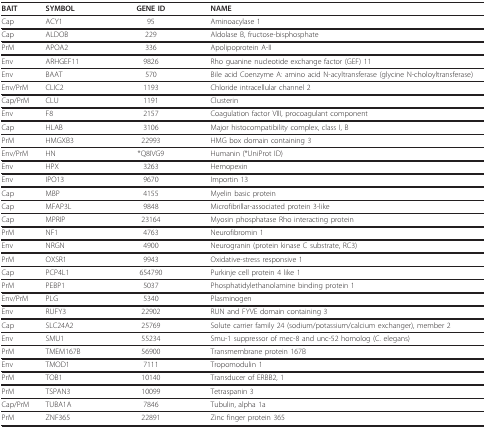
<table><thead><tr><td><b>BAIT</b></td><td><b>SYMBOL</b></td><td><b>GENE ID</b></td><td><b>NAME</b></td></tr></thead><tbody><tr><td>Cap</td><td>ACY1</td><td>95</td><td>Aminoacylase 1</td></tr><tr><td>Cap</td><td>ALDOB</td><td>229</td><td>Aldolase B, fructose-bisphosphate</td></tr><tr><td>PrM</td><td>APOA2</td><td>336</td><td>Apolipoprotein A-II</td></tr><tr><td>Env</td><td>ARHGEF11</td><td>9826</td><td>Rho guanine nucleotide exchange factor (GEF) 11</td></tr><tr><td>Env</td><td>BAAT</td><td>570</td><td>Bile acid Coenzyme A: amino acid N-acyltransferase (glycine N-choloyltransferase)</td></tr><tr><td>Env/PrM</td><td>CLIC2</td><td>1193</td><td>Chloride intracellular channel 2</td></tr><tr><td>Cap/PrM</td><td>CLU</td><td>1191</td><td>Clusterin</td></tr><tr><td>Env</td><td>F8</td><td>2157</td><td>Coagulation factor VIII, procoagulant component</td></tr><tr><td>Cap</td><td>HLAB</td><td>3106</td><td>Major histocompatibility complex, class I, B</td></tr><tr><td>PrM</td><td>HMGXB3</td><td>22993</td><td>HMG box domain containing 3</td></tr><tr><td>Env/PrM</td><td>HN</td><td>*Q8IVG9</td><td>Humanin (*UniProt ID)</td></tr><tr><td>Env</td><td>HPX</td><td>3263</td><td>Hemopexin</td></tr><tr><td>Env</td><td>IPO13</td><td>9670</td><td>Importin 13</td></tr><tr><td>Cap</td><td>MBP</td><td>4155</td><td>Myelin basic protein</td></tr><tr><td>Cap</td><td>MFAP3L</td><td>9848</td><td>Microfibrillar-associated protein 3-like</td></tr><tr><td>Cap</td><td>MPRIP</td><td>23164</td><td>Myosin phosphatase Rho interacting protein</td></tr><tr><td>PrM</td><td>NF1</td><td>4763</td><td>Neurofibromin 1</td></tr><tr><td>Env</td><td>NRGN</td><td>4900</td><td>Neurogranin (protein kinase C substrate, RC3)</td></tr><tr><td>PrM</td><td>OXSR1</td><td>9943</td><td>Oxidative-stress responsive 1</td></tr><tr><td>Cap</td><td>PCP4L1</td><td>654790</td><td>Purkinje cell protein 4 like 1</td></tr><tr><td>PrM</td><td>PEBP1</td><td>5037</td><td>Phosphatidylethanolamine binding protein 1</td></tr><tr><td>Env/PrM</td><td>PLG</td><td>5340</td><td>Plasminogen</td></tr><tr><td>Env</td><td>RUFY3</td><td>22902</td><td>RUN and FYVE domain containing 3</td></tr><tr><td>Cap</td><td>SLC24A2</td><td>25769</td><td>Solute carrier family 24 (sodium/potassium/calcium exchanger), member 2</td></tr><tr><td>Env</td><td>SMU1</td><td>55234</td><td>Smu-1 suppressor of mec-8 and unc-52 homolog (C. elegans)</td></tr><tr><td>PrM</td><td>TMEM167B</td><td>56900</td><td>Transmembrane protein 167B</td></tr><tr><td>Env</td><td>TMOD1</td><td>7111</td><td>Tropomodulin 1</td></tr><tr><td>PrM</td><td>TOB1</td><td>10140</td><td>Transducer of ERBB2, 1</td></tr><tr><td>PrM</td><td>TSPAN3</td><td>10099</td><td>Tetraspanin 3</td></tr><tr><td>Cap/PrM</td><td>TUBA1A</td><td>7846</td><td>Tubulin, alpha 1a</td></tr><tr><td>PrM</td><td>ZNF365</td><td>22891</td><td>Zinc finger protein 365</td></tr></tbody></table>